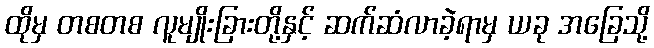
ထိုမှ တစတစ လူမျိုးခြားတို့နှင့် ဆက်ဆံလာခဲ့ရာမှ ယခု အခြေသို့